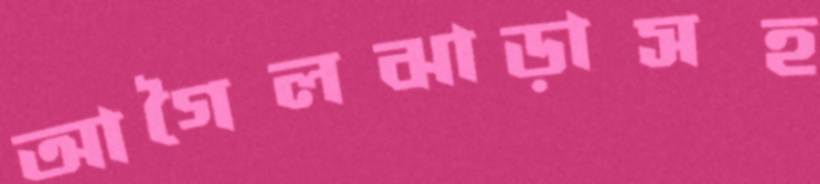
আগৈলঝাড়াসহ